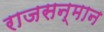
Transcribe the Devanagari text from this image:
राजसन्मान